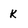
Character: k